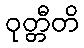
ဝုတ္တီတိ